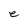
Character: e